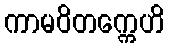
ကာမဝိတက္ကေဟိ